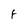
Character: F